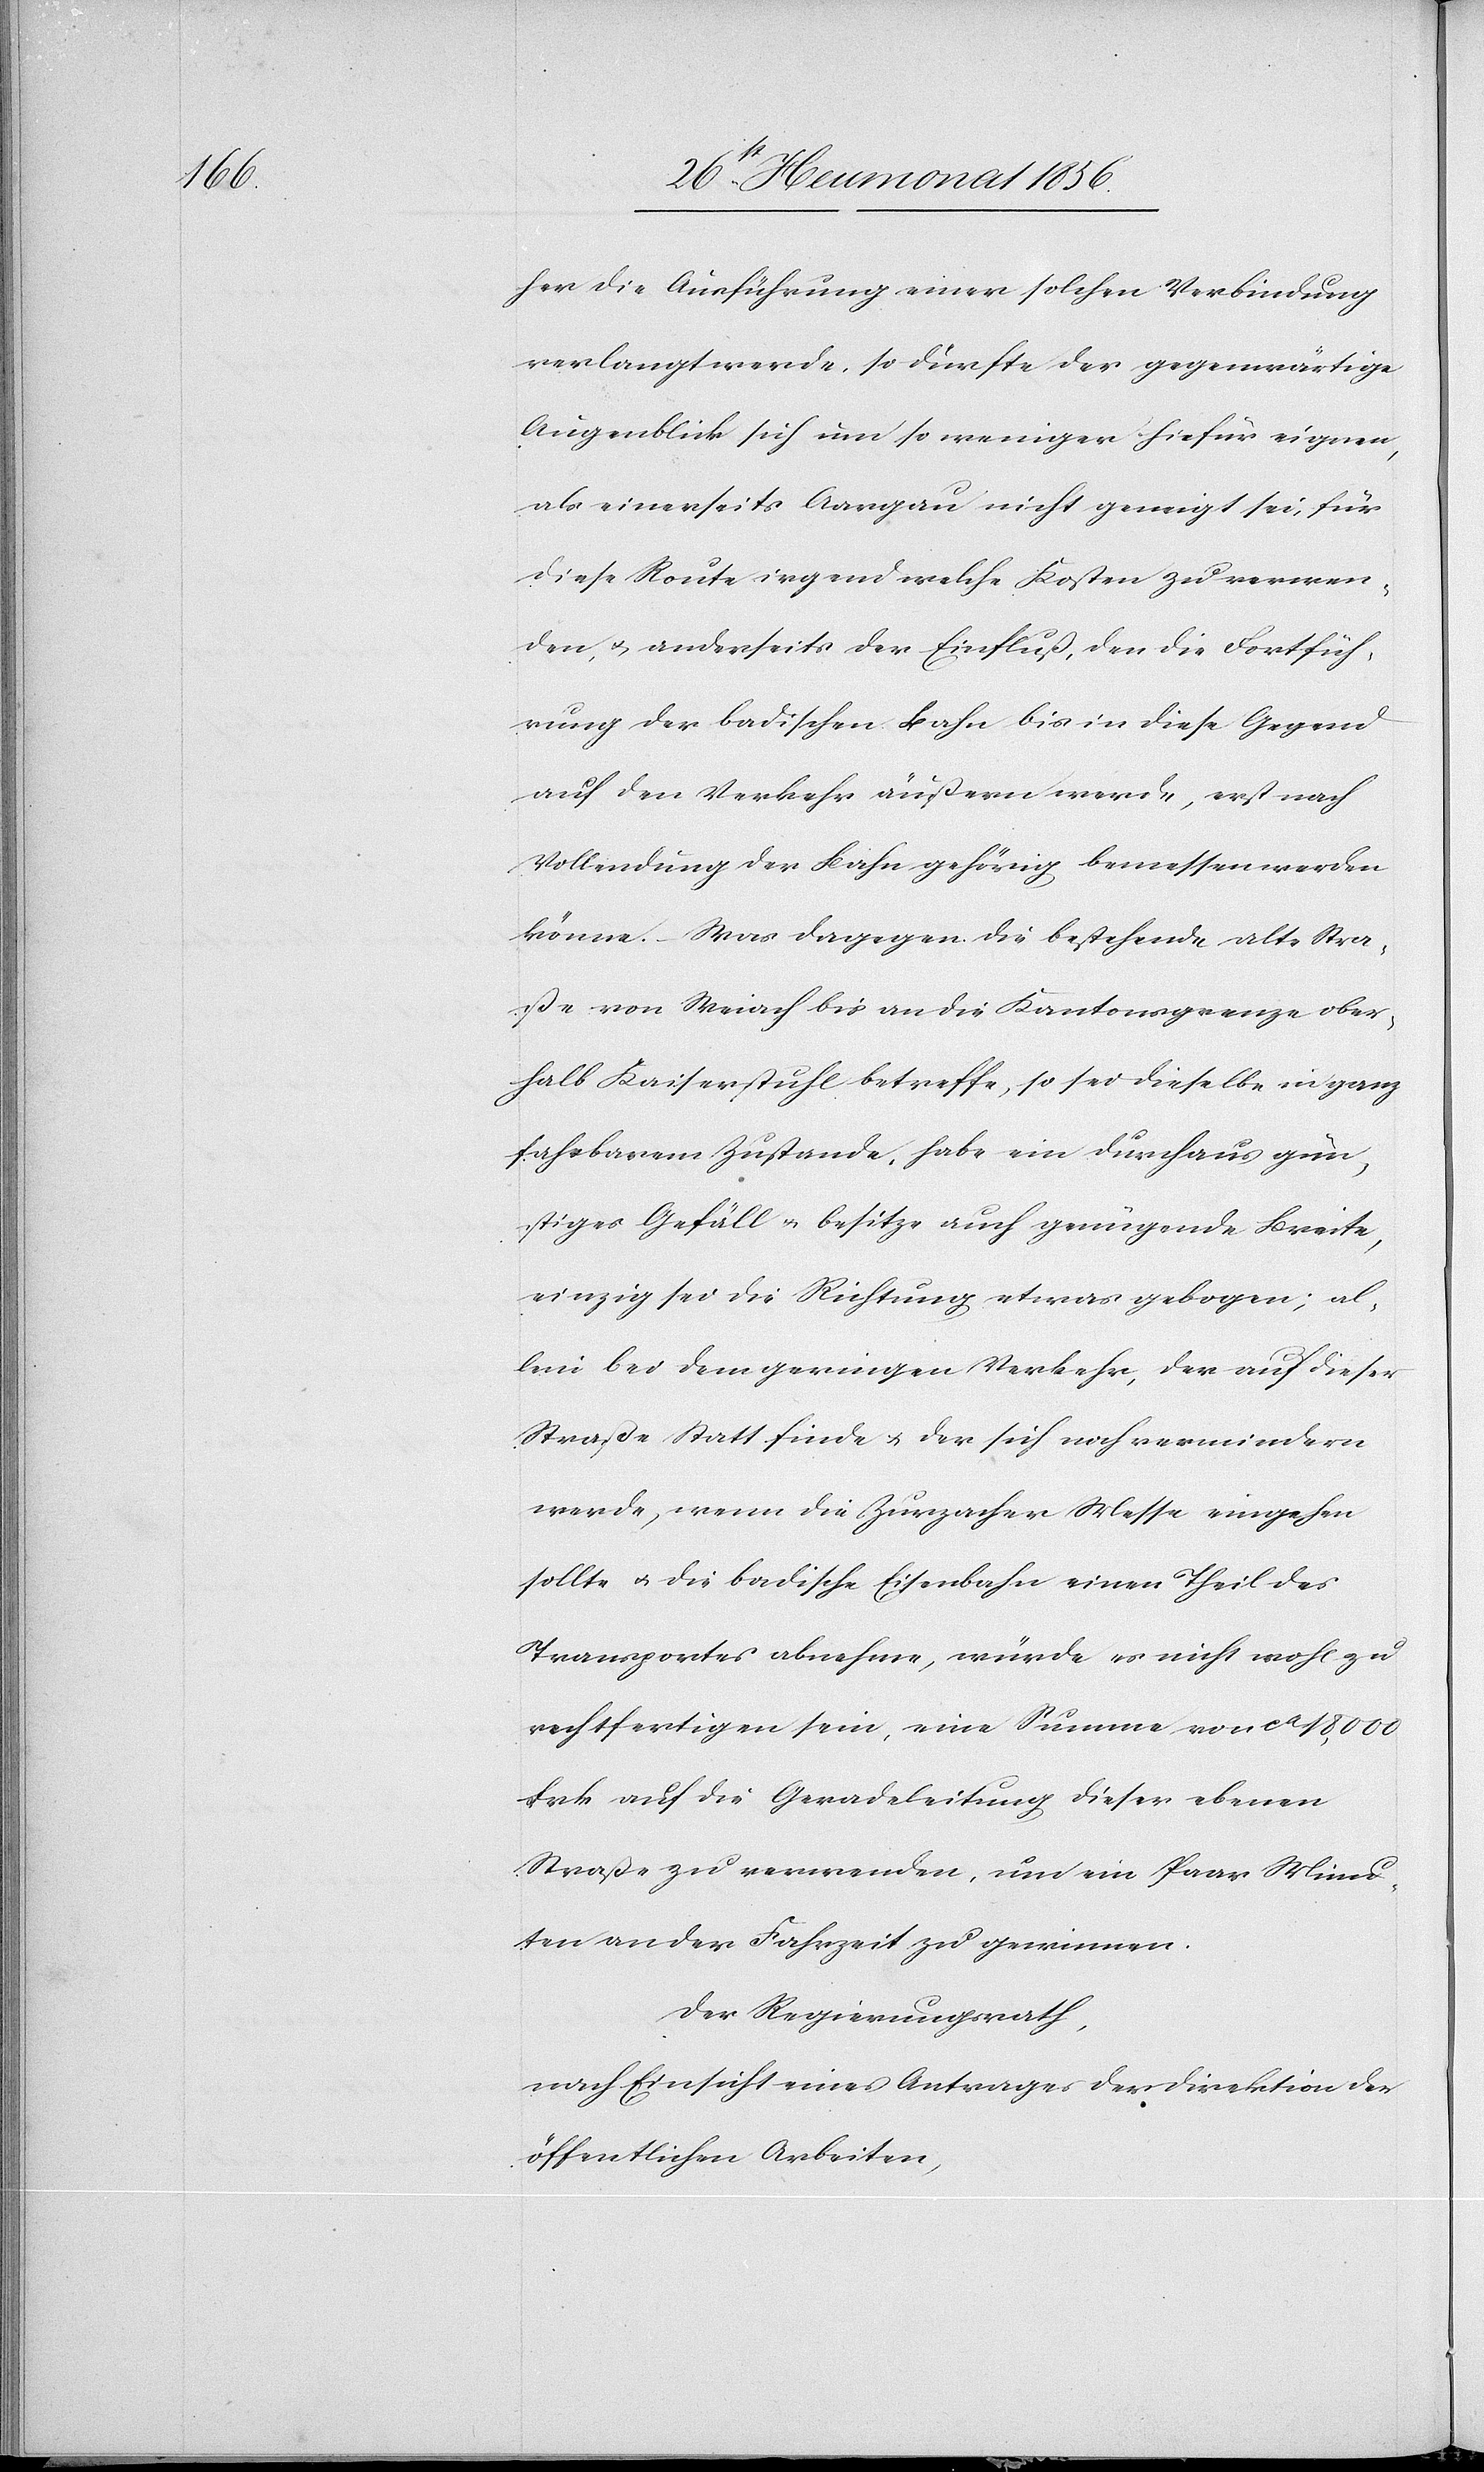
her die Ausführung einer solchen Verbindung
verlangt werde. so dürfte der gegenwärtige
Augenblick sich um so weniger hiefür eignen,
als einerseits Aargau nicht geneigt sei, für
diese Route irgend welche Kosten zu verwen¬
den, u. anderseits der Einfluß, den die Fortfüh¬
rung der badischen Bahn bis in diese Gegend
auf den Verkehr äußern werde, erst nach
Vollendung der Bahn gehörig bemessen werden
könne. Was dagegen die bestehende alte Stra¬
ße von Weiach bis an die Kantonsgrenze ober¬
halb Kaiserstuhl betreffe, so sei dieselbe in ganz
fahrbarem Zustande, habe ein durchaus gün¬
stiges Gefäll u. besitze auch genügende Breite,
einzig sei die Richtung etwas gebogen; al¬
lein bei dem geringen Verkehr, der auf dieser
Straße Statt finde u. der sich noch vermindern
werde, wenn die Zurzacher Messe eingehen
sollte u. die badische Eisenbahn einen Theil des
Transportes abnehme, würde es nicht wohl zu
rechtfertigen sein, eine Summe von ca 18,000
Frk. auf die Geradeleitung dieser ebenen
Straße zu verwenden, um ein Paar Minu¬
ten an der Fahrzeit zu gewinnen.
Der Regierungsrath,
nach Einsicht eines Antrages der Direktion der
öffentlichen Arbeiten,